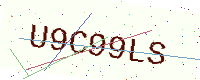
Text: U9C99LS